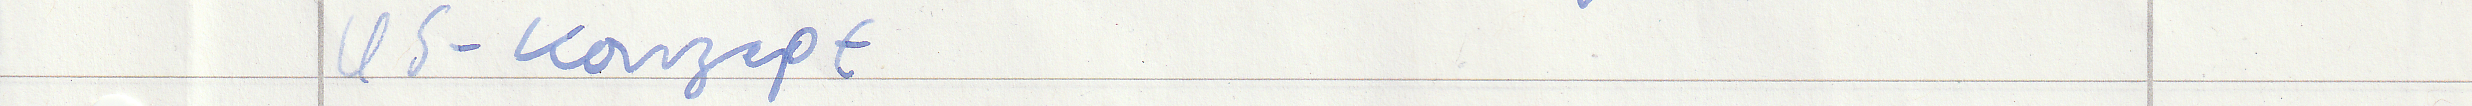
US-Konzept